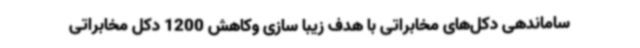
ساماندهی دکل‌های مخابراتی با هدف زیبا سازی وکاهش 1200 دکل مخابراتی